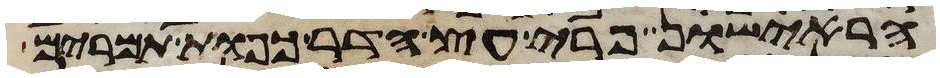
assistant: הראישון פרי עץ הדר כפות תמרים